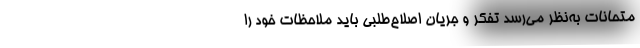
متحانات به‌نظر می‌رسد تفکر و جریان اصلاح‌طلبی باید ملاحظات خود را